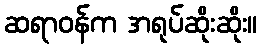
ဆရာဝန်က အရုပ်ဆိုးဆိုး။